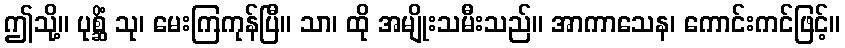
ဤသို့။ ပုစ္ဆိံ သု၊ မေးကြကုန်ပြီ။ သာ၊ ထို အမျိုးသမီးသည်။ အာကာသေန၊ ကောင်းကင်ဖြင့်။